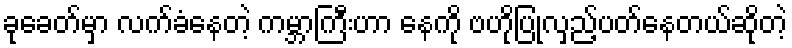
ခုခေတ်မှာ လက်ခံနေတဲ့ ကမ္ဘာကြီးဟာ နေကို ဗဟိုပြုလှည့်ပတ်နေတယ်ဆိုတဲ့